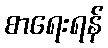
စာရေးရန်